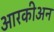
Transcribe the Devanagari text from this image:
आरकीअन